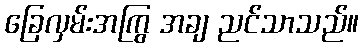
ခြေလှမ်းအကြွ အချ ညင်သာသည်။